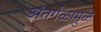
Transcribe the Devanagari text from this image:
अंतर्गळामुळे